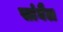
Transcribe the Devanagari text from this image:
सांघैल